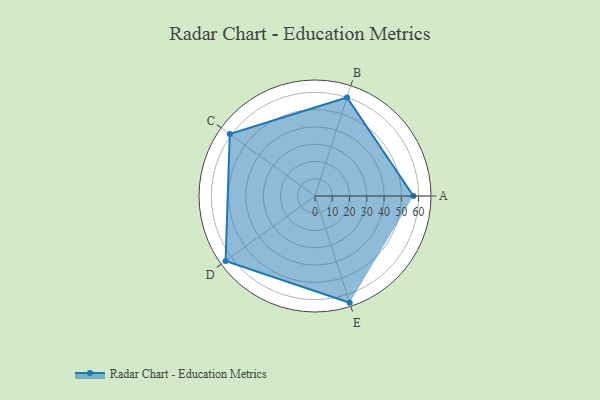
{"axis": {"x": "Skill", "y": "Score"}, "legend": ["Profile"], "data": [{"x": "A", "y": 57.0, "type": "Profile"}, {"x": "B", "y": 60.0, "type": "Profile"}, {"x": "C", "y": 61.0, "type": "Profile"}, {"x": "D", "y": 64.0, "type": "Profile"}, {"x": "E", "y": 65.0, "type": "Profile"}]}